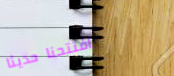
افتتحنا حديثاً